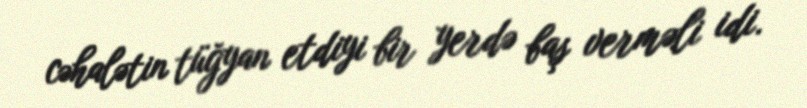
cəhalətin tüğyan etdiyi bir yerdə baş verməli idi.